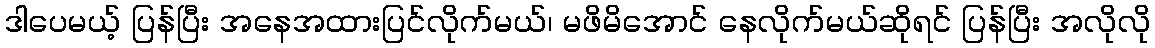
ဒါပေမယ့် ပြန်ပြီး အနေအထားပြင်လိုက်မယ်၊ မဖိမိအောင် နေလိုက်မယ်ဆိုရင် ပြန်ပြီး အလိုလို